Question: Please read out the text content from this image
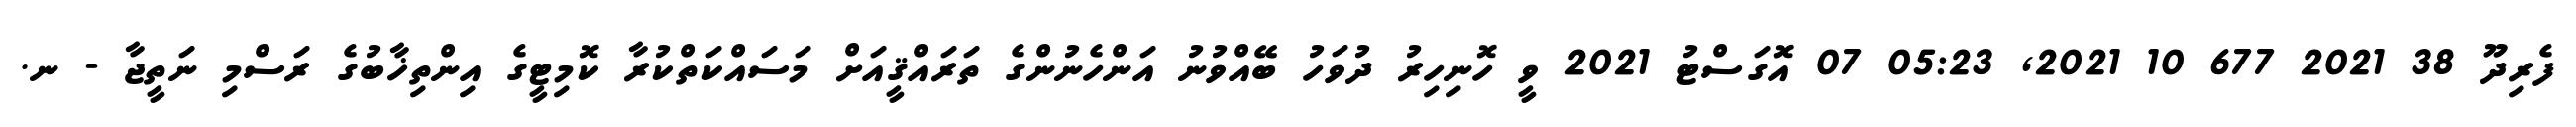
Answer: ފެރިދޫ 38 2021 677 10 2021, 05:23 07 އޮގަސްޓު 2021 ވީ ހޮނިހިރު ދުވަހު ބޭއްވުނު އަންހެނުންގެ ތަރައްޤީއަށް މަސައްކަތްކުރާ ކޮމިޓީގެ އިންތިޚާބުގެ ރަސްމި ނަތީޖާ - ނ.